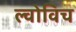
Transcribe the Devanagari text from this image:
ल्वोविच